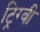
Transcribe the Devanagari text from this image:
ट्रिग्वी